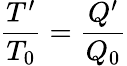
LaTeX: \frac{T^{\prime}}{T_{0}}=\frac{Q^{\prime}}{Q_{0}}